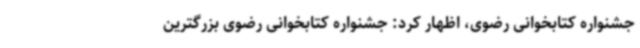
جشنواره کتابخوانی رضوی، اظهار کرد: جشنواره کتابخوانی رضوی بزرگترین